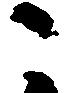
こ